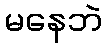
မနေဘဲ